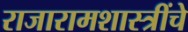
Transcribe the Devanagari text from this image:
राजारामशास्त्रींचे